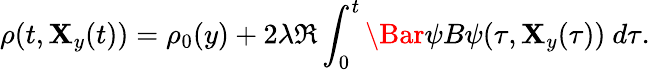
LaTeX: \rho(t,\mathbf{X}_{y}(t))=\rho_{0}(y)+2\lambda\Re\int_{0}^{t}\Bar{\psi}B\psi(\tau,\mathbf{X}_{y}(\tau))\ d\tau.